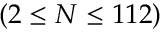
( 2 \leq N \leq 1 1 2 )